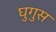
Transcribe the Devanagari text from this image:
घुगुस